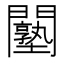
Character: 𨷙